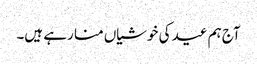
آج ہم عید کی خوشیاں منا رہے ہیں۔